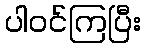
ပါဝင်ကြပြီး